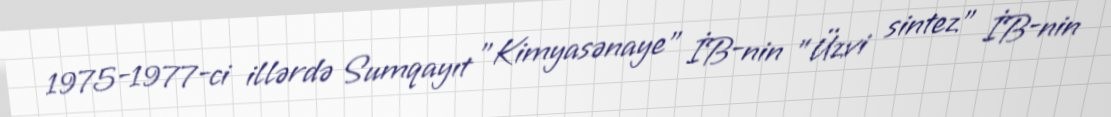
1975-1977-ci illərdə Sumqayıt "Kimyasənaye" İB-nin "Üzvi sintez" İB-nin